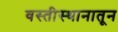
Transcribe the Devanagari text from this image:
वस्तीस्थानातून